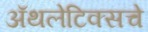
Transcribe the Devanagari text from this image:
अॅथलेटिक्सचे